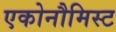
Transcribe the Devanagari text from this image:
एकोनौमिस्ट